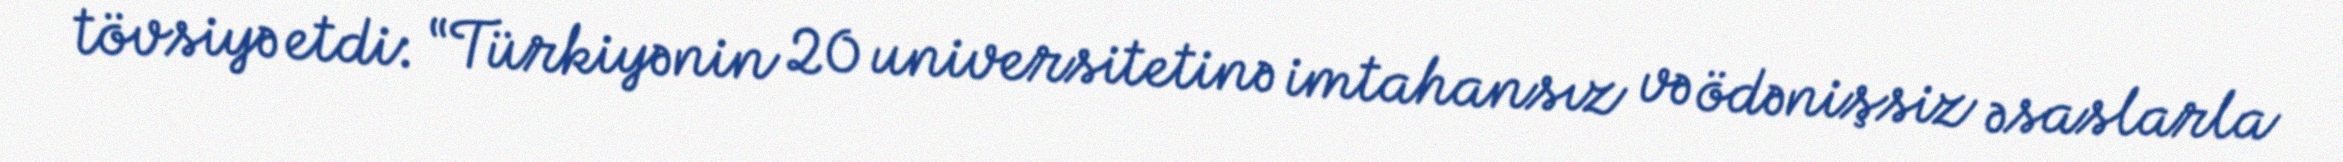
tövsiyə etdi: “Türkiyənin 20 universitetinə imtahansız və ödənişsiz əsaslarla